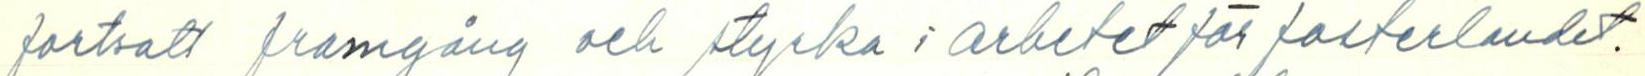
fortsatt framgång och styrka i arbetet för fosterlandet.